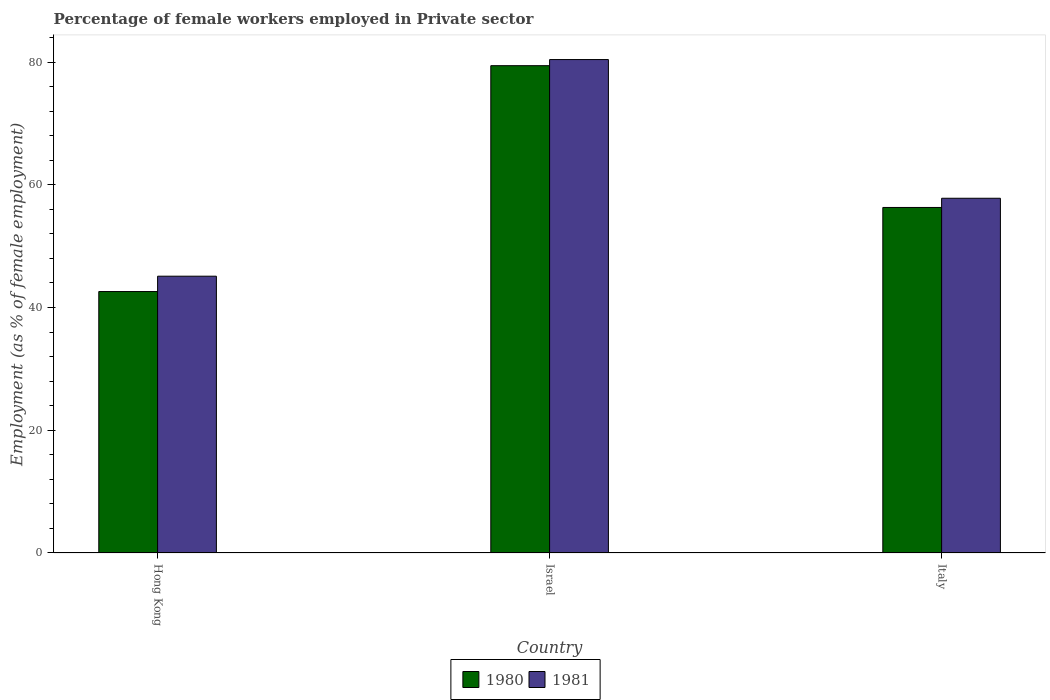
| Country | 1980 | 1981 |
 | --- | --- | --- |
 | Hong Kong | 42.6 | 45.1 |
 | Israel | 79.4 | 80.4 |
 | Italy | 56.3 | 57.8 |